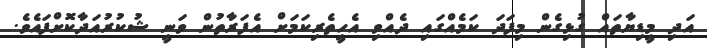
އަދި މީޑިޔާތައް ގުޅިގެން މިފަދަ ކަމެއްގައި ދެއްވި އެހީތެރިކަމަށް އެފަރާތުން ވަނީ ޝުކުރުއަދާކޮށްފައެވެ.